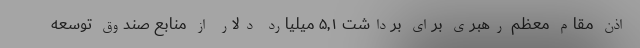
اذن مقام معظم رهبری برای برداشت ۵,۱ میلیارد دلار از منابع صندوق توسعه